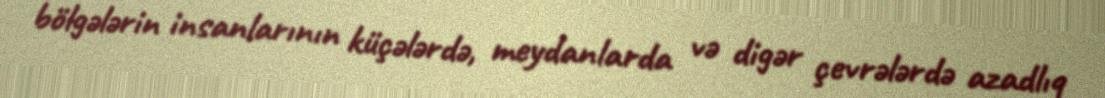
bölgələrin insanlarının küçələrdə, meydanlarda və digər çevrələrdə azadlıq